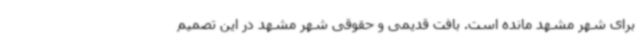
برای شهر مشهد مانده است. بافت قدیمی و حقوقی شهر مشهد در این تصمیم